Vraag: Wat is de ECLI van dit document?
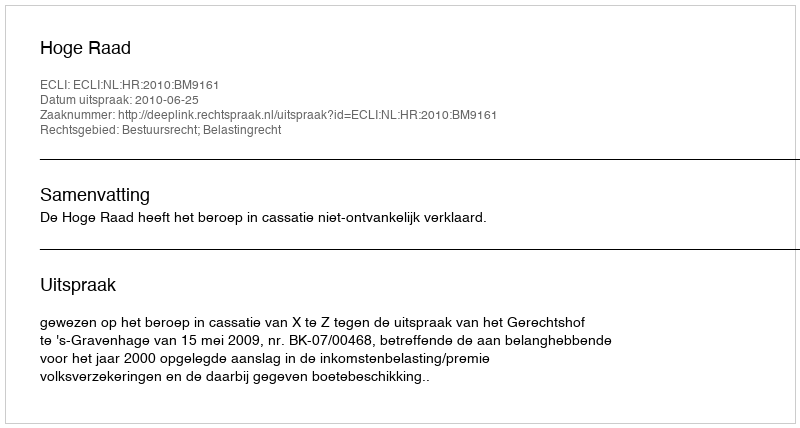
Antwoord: ECLI:NL:HR:2010:BM9161